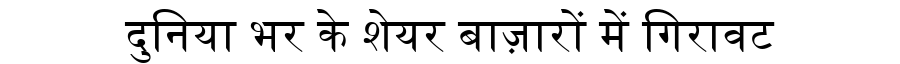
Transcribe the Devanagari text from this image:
दुनिया भर के शेयर बाज़ारों में गिरावट